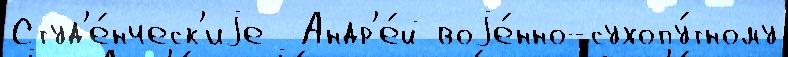
Студ'е́нческ'иjе  Андр'е́й воjе́нно-сухопу́тному